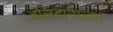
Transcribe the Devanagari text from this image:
बलिदानाच्या